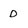
Character: D